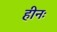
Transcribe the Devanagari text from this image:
हीनः